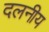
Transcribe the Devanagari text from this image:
दलनीय